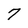
Character: 7